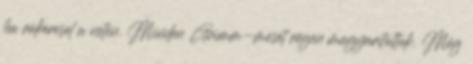
ha rákeresel a neten. Minden Grimm-mesét régen magyarítottak. Még